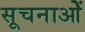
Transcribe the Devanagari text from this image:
सूचनाओें